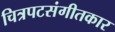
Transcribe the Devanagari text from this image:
चित्रपटसंगीतकार